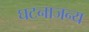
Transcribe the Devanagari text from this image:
घटनाजन्य